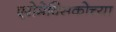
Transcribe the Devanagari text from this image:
एरोमेक्सिकोच्या